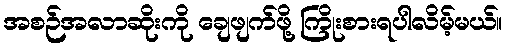
အစဉ်အလာဆိုးကို ချေဖျက်ဖို့ ကြိုးစားရပါလိမ့်မယ်။